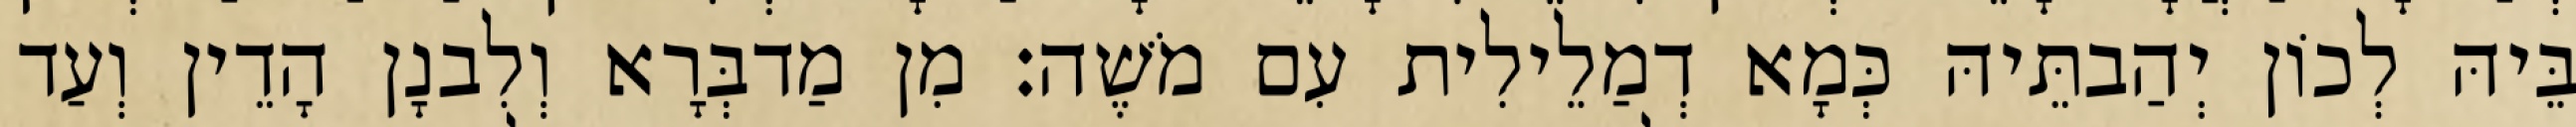
בֵּיהּ לְכוֹן יְהַבתֵּיהּ כְּמָא דְמַלֵילִית עִם מֹשֶׁה׃ מִן מַדבְּרָא וְלִבנָן הָדֵין וְעַד